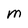
Character: M